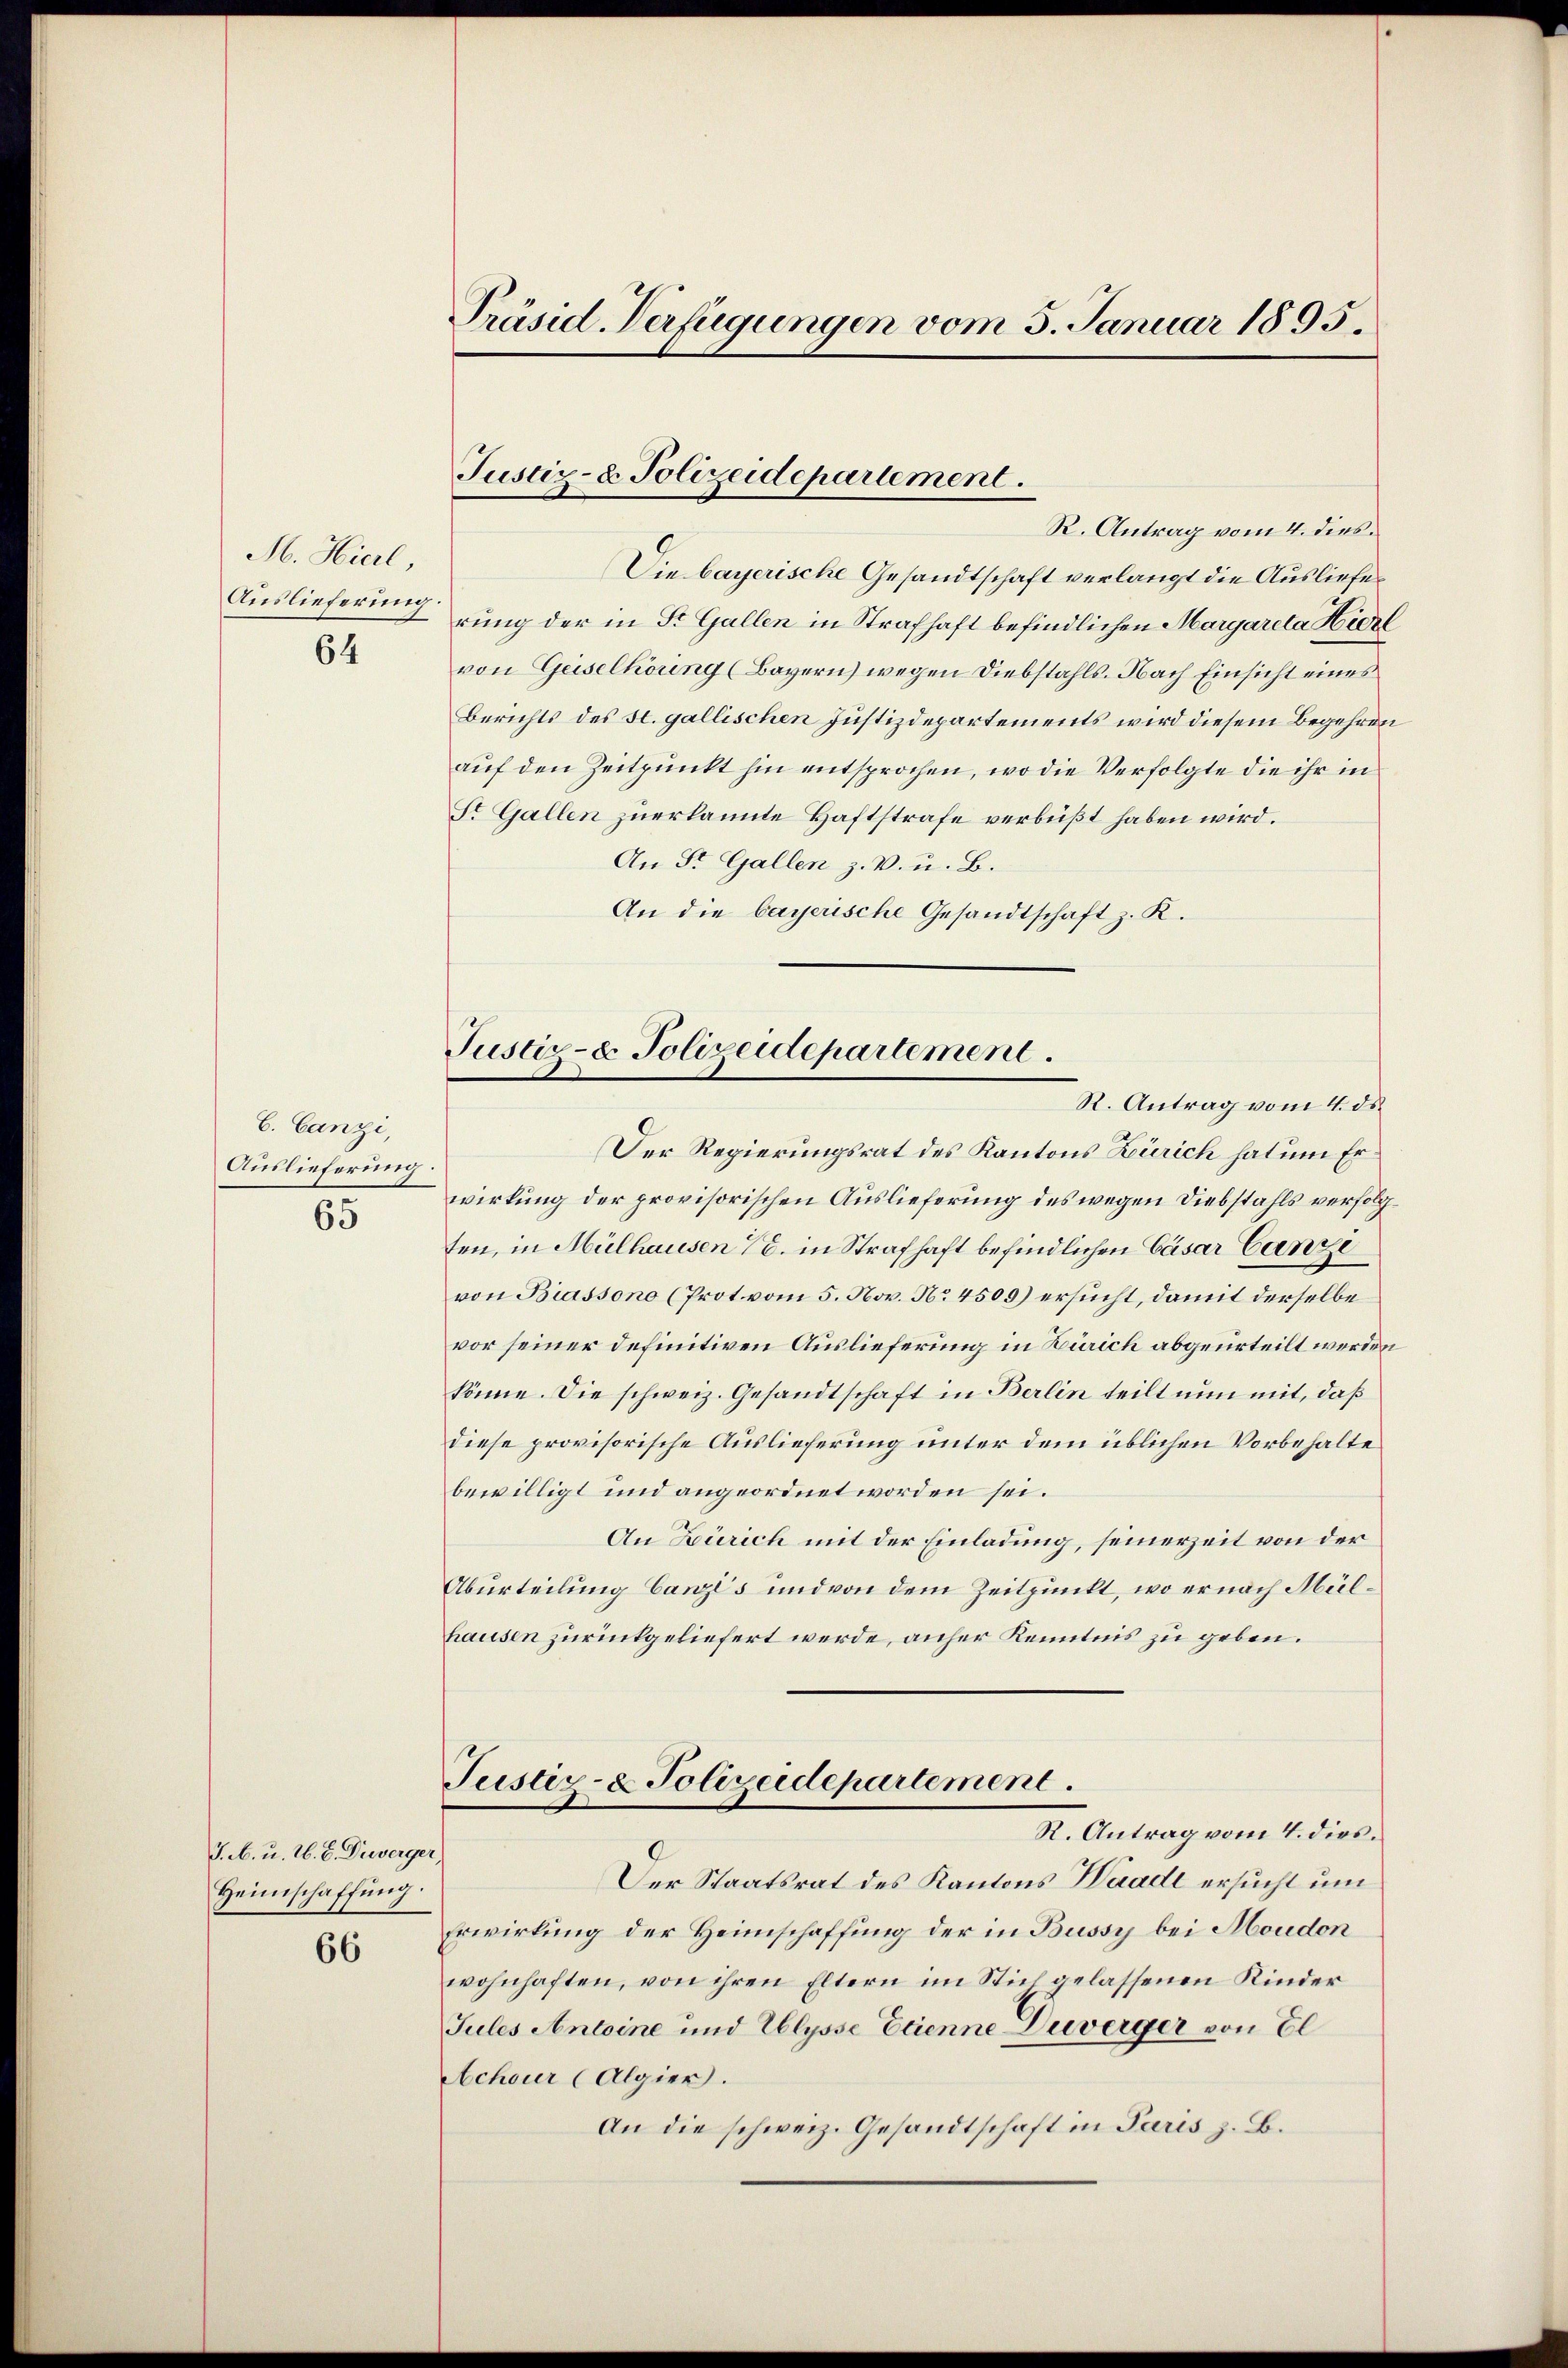
H. Hierl,
64

C. Canzi,
Auslieferung:
65

J. M. u. 26. 8. Diverger,
Heimschaffung.

66

Präsid. Verfügungen vom 3. Januar 1895.

Die bayerische Gesandtschaft verlangt die Ausliefe¬
Auslieferung rung der in St. Gallen in Strafhaft befindlichen Margareta Hidee
von Geiselhöung (Bayern) wegen Diebstahls. Nach Einsicht eines
Berichts des st. gallischen Justizdepartements wird diesem Begehren
auf den Zeitpunkt hin entsprochen, wo die Verfolgte die ihr in
St. Gallen zuerkannte Haftstrafe verbüßt haben wird.
An St. Gallen z. B. u. B.
An die bayerische Gesandtschaft z. K.
Der Regierungsrat des Kantons Zürich hat um Er
wirkung der provisorischen Auslieferung des wegen Diebstahls versoten, in Mülhausen (8. in Strafhaft befindlichen Cäsar Canze
von Biassono (Prot. vom 5. Nov. No 4509) ersucht, damit derselbe
vor seiner definitiven Auslieferung in Zürich abgeurteilt werden
könne. Die schweiz. Gesandtschaft in Berlin teilt nun mit, daß
diese provisorische Auslieferung unter dem üblichen Vorbehalte
bewilligt und angeordnet worden sei.
An Zürich mit der Einladung, seinerzeit von der
Aburteilung Canzes und von dem Zeitpunkt, wo er nach Mülhausen zurückgeliefert werde, anher Kenntnis zu geben.
Justiz- & Polizeidepartement.
R. Antrag vom 4. dies.
Der Staatsrat des Kantons Waadt ersucht um
Erwirkung der Heimschaffung der in Bussy bei Moudon
wohnhaften, von ihren Eltern im Stiel gelassenen Kinder
Jules Antoine und Eblysse Etienne Diverger von El
Achour (Algier.
An die schweiz. Gesandtschaft in Paris z. B.

Justiz- & Polizeidepartement.
R. Antrag vom 4. dies

Justiz- & Polizeidepartement.
R. Antrag vom 4. ds.